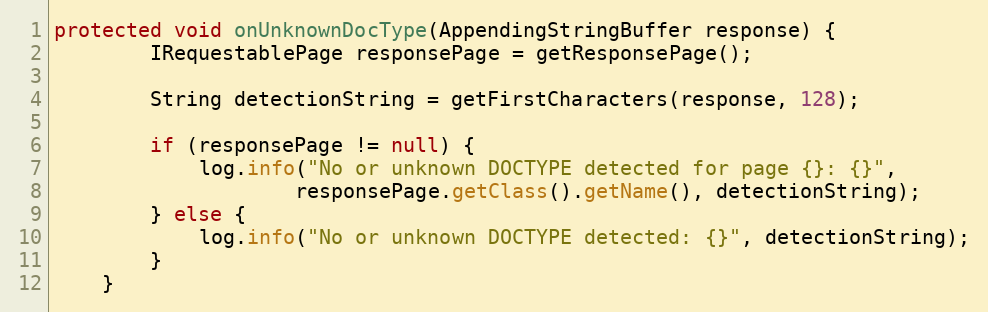
Language: Java
protected void onUnknownDocType(AppendingStringBuffer response) {
		IRequestablePage responsePage = getResponsePage();

		String detectionString = getFirstCharacters(response, 128);

		if (responsePage != null) {
			log.info("No or unknown DOCTYPE detected for page {}: {}",
					responsePage.getClass().getName(), detectionString);
		} else {
			log.info("No or unknown DOCTYPE detected: {}", detectionString);
		}
	}